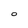
Character: 0